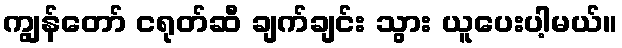
ကျွန်တော် ငရုတ်ဆီ ချက်ချင်း သွား ယူပေးပါ့မယ်။